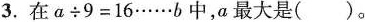
3.在$$α÷9=16……b$$中，α最大是()。